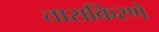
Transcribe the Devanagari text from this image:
ताराकिरणें